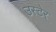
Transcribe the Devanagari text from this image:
उस्टेर्